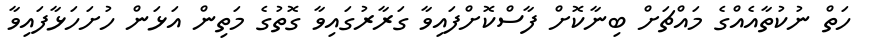
ހަތް ނުކުތާއެއްގެ މައްޗަށް ބިނާކޮށް ފާސްކޮށްފައިވާ ގަރާރުގައިވާ ގޮތުގެ މަތިން އަޅަން ހުށަހަޅާފައިވާ